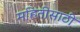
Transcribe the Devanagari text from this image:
महितीसाठी